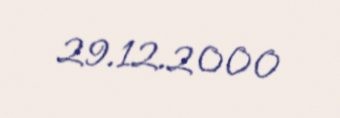
29.12.2000